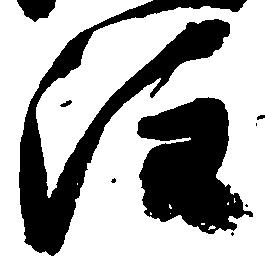
注